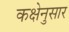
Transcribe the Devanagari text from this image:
कक्षेनुसार